Report on the working of the Ranchi Indian Mental Hospital, Kanke, in Bihar and Orissa - 1930-1940
Year: 1930
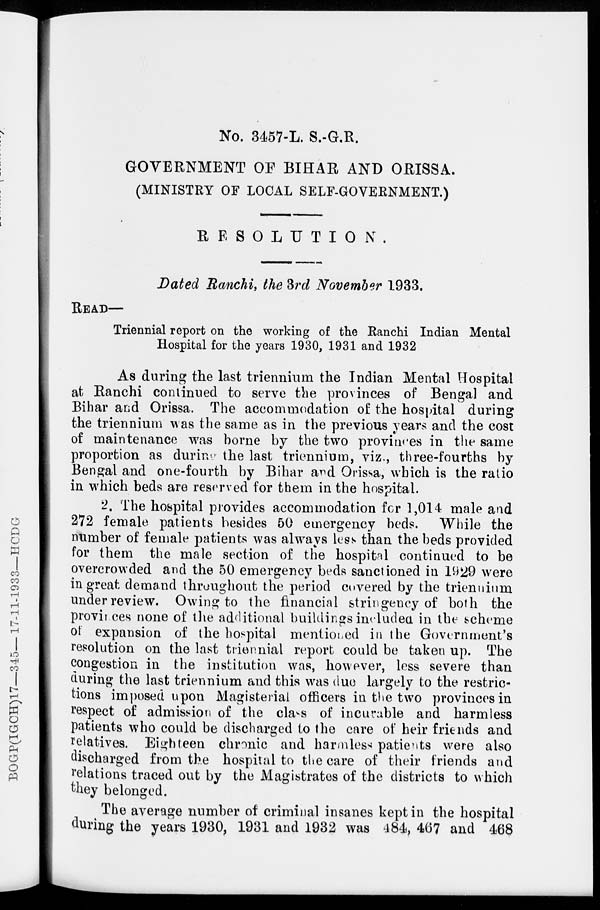
No. 3457-L. S.-G.R.
GOVERNMENT OF BIHAR AND ORISSA.
(MINISTRY OF LOCAL SELF-GOVERNMENT.)
RESOLUTION.
Dated Ranchi, the 3rd November 1933.
READ—
Triennial report on the working of the Ranchi Indian Mental
Hospital for the years 1930, 1931 and 1932
As during the last triennium the Indian Mental Hospital
at Ranchi continued to serve the provinces of Bengal and.
Bihar and Orissa. The accommodation of the hospital during
the triennium was the same as in the previous years and the cost
of maintenance was borne by the two provinces in the same
proportion as during the last triennium, viz., three-fourths by
Bengal and one-fourth by Bihar and Orissa, which is the ratio
in which beds are reserved for them in the hospital,
2. The hospital provides accommodation for 1,014 male and
272 female patients besides 50 emergency beds. While the
number of female patients was always less than the beds provided
for them the male section of the hospital continued to be
overcrowded and the 50 emergency beds sanctioned in 1929 were
in great demand throughout the period covered by the triennium
under review. Owing to the financial stringency of both the
provinces none of the additional buildings included in the scheme
of expansion of the hospital mentioned in the Government's
resolution on the last triennial report could be taken up. The
congestion in the institution was, however, less severe than
during the last triennium and this was due largely to the restric-
tions imposed upon Magisterial officers in the two provinces in
respect of admission of the class of incurable and harmless
patients who could be discharged to the care of heir friends and
relatives. Eighteen chronic and harmless patients were also
discharged from the hospital to the care of their friends and
relations traced out by the Magistrates of the districts to which
they belonged.
The average number of criminal insanes kept in the hospital
during the years 1930, 1931 and 1932 was 484, 467 and 468